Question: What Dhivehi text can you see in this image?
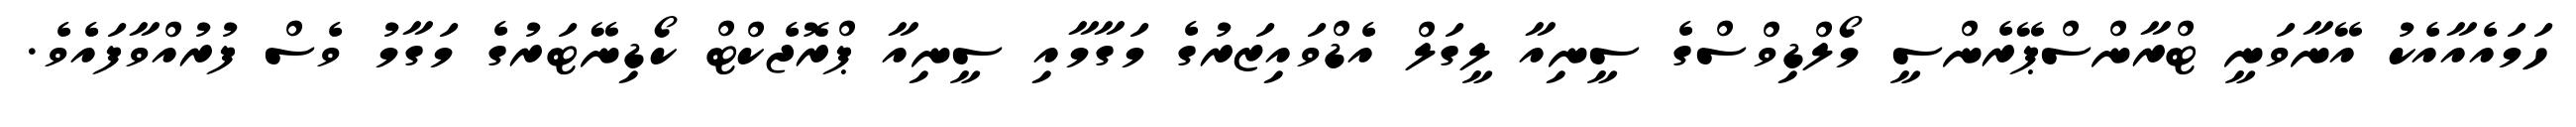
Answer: ހަމައެއާއެކު އޭނާވަނީ ޓްރާންސްޕޭރެންސީ މޯލްޑިވްސްގެ ސީނިއާ ލީގަލް އެޑްވައިޒަރުގެ މަގާމާއި ސީނިއާ ޕްރޮޖެކްޓް ކޯޑިނޭޓަރުގެ މަގާމު ވެސް ފުރުއްވާފައެވެ.